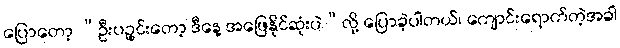
ပြောတော့ “ဦးပဉ္စင်းတော့ ဒီနေ့ အဖြေနိုင်ဆုံးပဲ”လို့ ပြောခဲ့ပါတယ်၊ ကျောင်းရောက်တဲ့အခါ